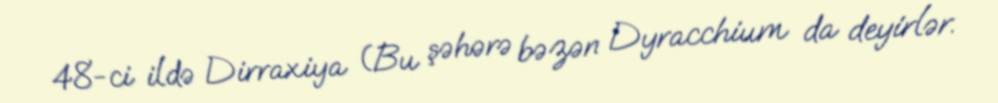
48-ci ildə Dirraxiya (Bu şəhərə bəzən Dyracchium da deyirlər.